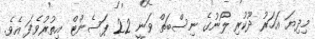
މިދިޔަ އަހަރު ދޫކުރި ލޯނުގެ ނިސްބަތް ވަނީ 22 ޕަސެންޓް އިތުރުވެފަ އެވެ.